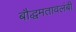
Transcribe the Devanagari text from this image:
बौद्धमतावलंबी